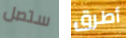
ستصل أطرق